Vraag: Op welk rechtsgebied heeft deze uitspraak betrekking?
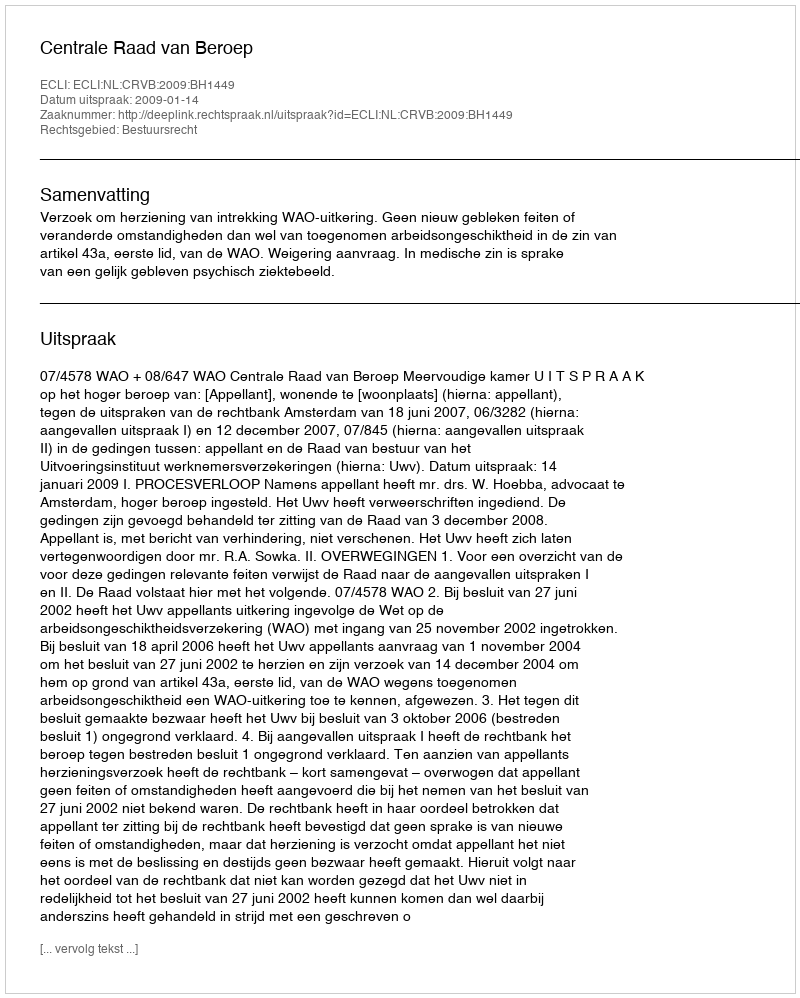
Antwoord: Bestuursrecht